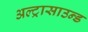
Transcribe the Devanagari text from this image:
अल्‍ट्रासाउन्‍ड